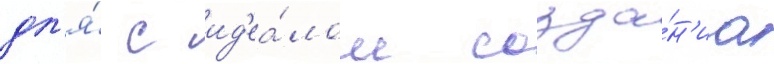
дл'я́ с ид'еа́лом созда́н'иа